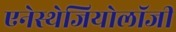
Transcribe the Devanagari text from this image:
एनेस्थेजियोलॉजी